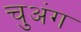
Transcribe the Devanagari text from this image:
चुअंग